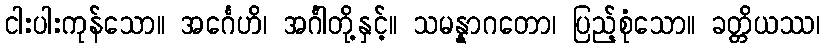
ငါးပါးကုန်သော။ အင်္ဂေဟိ၊ အင်္ဂါတို့နှင့်။ သမန္နာဂတော၊ ပြည့်စုံသော။ ခတ္တိယဿ၊